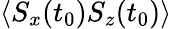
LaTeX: \langle S_{x}(t_{0})S_{z}(t_{0})\rangle